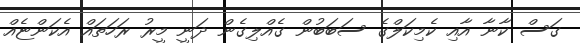
ގަސް ކާނާ އާއި ކެމިކަލްގެ ސަބަބުން ގެއްލިގެން ދަނީ މީރު ރަހަތައް އެކަންޏެއް